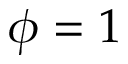
\phi = 1